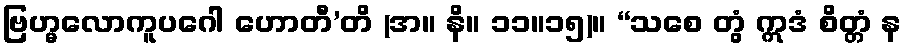
ဗြဟ္မလောကူပဂေါ ဟောတီ’တိ (အ။ နိ။ ၁၁။၁၅)။ “သစေ တွံ ဣဒံ စိတ္တံ န